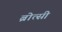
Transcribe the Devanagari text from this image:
ब्रोत्सी